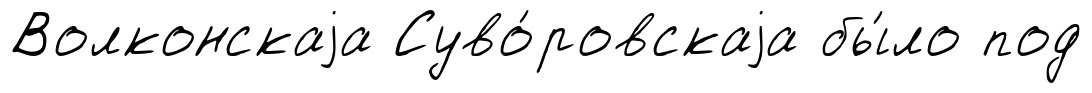
Волконскаjа Суво́ровскаjа бы́ло под